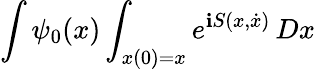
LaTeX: \int\psi_{0}(x)\int_{x(0)=x}e^{\mathbf{i}S(x,{\dot{{x}}})}\, Dx